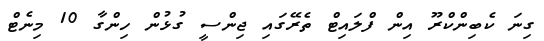
ގިނަ ކެބިންކްރޫ އިން ފްލައިޓް ތެރޭގައި ޖިންސީ ގުޅުން ހިންގާ 10 މިނެޓް